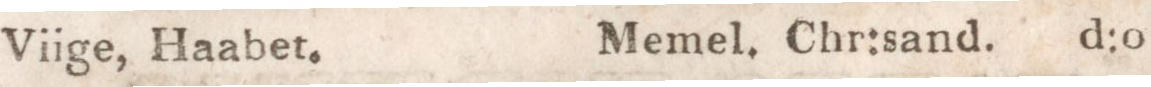
Viige, Haabet.    Memel. Chr:sand.    d:o